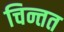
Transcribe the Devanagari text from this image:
चिन्तत